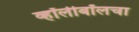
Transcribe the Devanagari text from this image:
व्हॉलीबॉलचा